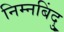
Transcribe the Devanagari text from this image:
निम्नबिंदु